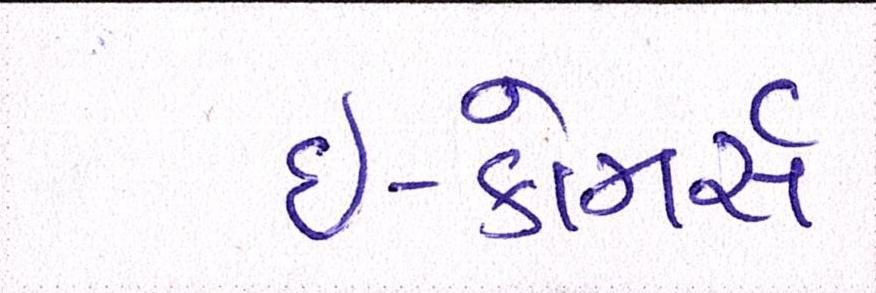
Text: ઇ-કોમર્સ